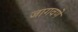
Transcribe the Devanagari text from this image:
जागवणे